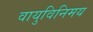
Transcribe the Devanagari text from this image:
वायुविनिमय